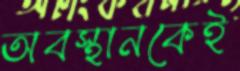
অবস্থানকেই